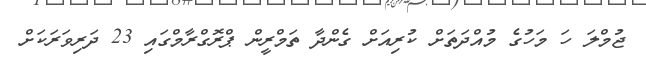
ޖުމްލަ ހަ މަހުގެ މުއްދަތަށް ކުރިއަށް ގެންދާ ތަމްރީން ޕްރޮގްރާމްގައި 23 ދަރިވަރަކަށް